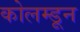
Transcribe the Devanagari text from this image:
कोलम्डून